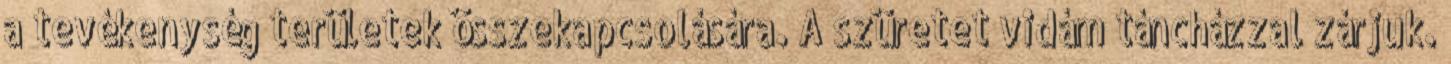
a tevékenység területek összekapcsolására. A szüretet vidám táncházzal zárjuk.